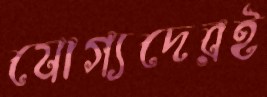
যোগ্যদেরই